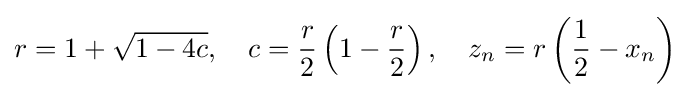
r=1+{\sqrt {1-4c}},\quad c={\frac {r}{2}}\left(1-{\frac {r}{2}}\right),\quad z_{n}=r\left({\frac {1}{2}}-x_{n}\right)